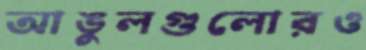
আঙুলগুলোরও